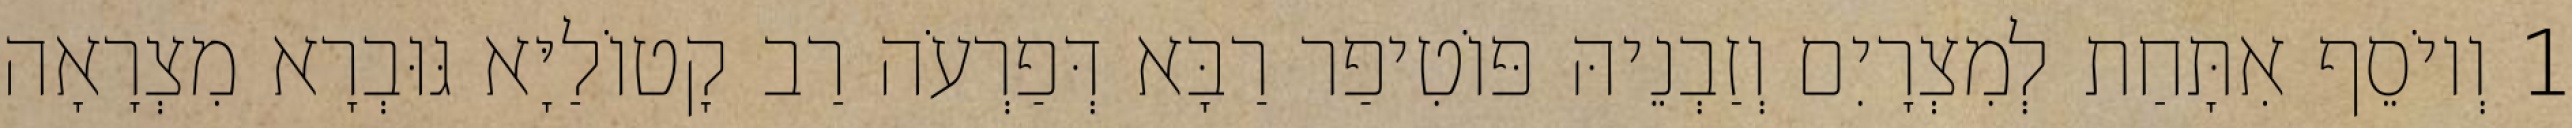
1 וְיוֹסֵף אִתָּחַת לְמִצְרָיִם וְזַבְנֵיהּ פּוֹטִיפַר רַבָּא דְּפַרְעֹה רַב קָטוֹלַיָּא גּוּבְרָא מִצְרָאָה